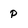
Character: p